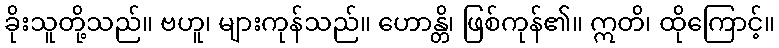
ခိုးသူတို့သည်။ ဗဟူ၊ များကုန်သည်။ ဟောန္တိ၊ ဖြစ်ကုန်၏။ ဣတိ၊ ထိုကြောင့်။